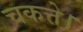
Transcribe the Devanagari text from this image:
चकत्ते।